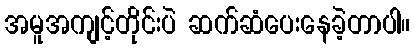
အမူအကျင့်တိုင်းပဲ ဆက်ဆံပေးနေခဲ့တာပါ။